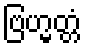
ဗြဟ္မတ္တံ